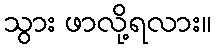
သွား ဖာလို့ရလား။